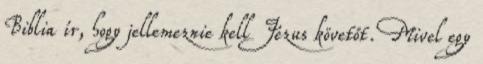
Biblia ír, hogy jellemeznie kell Jézus követőt. Mivel egy